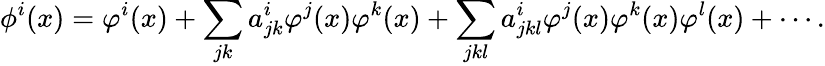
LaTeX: \phi^{i}(x)=\varphi^{i}(x)+\sum_{jk}a_{jk}^{i}\varphi^{j}(x)\varphi^{k}(x)+\sum_{jkl}a_{jkl}^{i}\varphi^{j}(x)\varphi^{k}(x)\varphi^{l}(x)+\cdots.